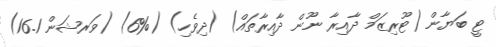
ޓީ ބަޔާން (ޓޫރިޒަމް ދާއިރާ ނޫން ދާއިރާތައް) (ދިވެހި) (%6) (ވަރޝަން 16.1)